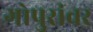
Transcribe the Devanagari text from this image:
गोपुरांवर